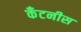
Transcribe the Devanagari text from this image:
कॅंटनीस